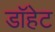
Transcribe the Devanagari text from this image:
डॉहेट